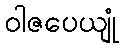
ဝါဇပေယျုံ